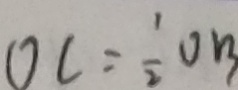
O C = \frac { 1 } { 2 } O B